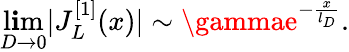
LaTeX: \operatorname*{l\mathbf{i}m}_{D\rightarrow0}|J_{L}^{[1]}(x)|\sim\gammae^{-\frac{{x}}{{l_{D}}}}.